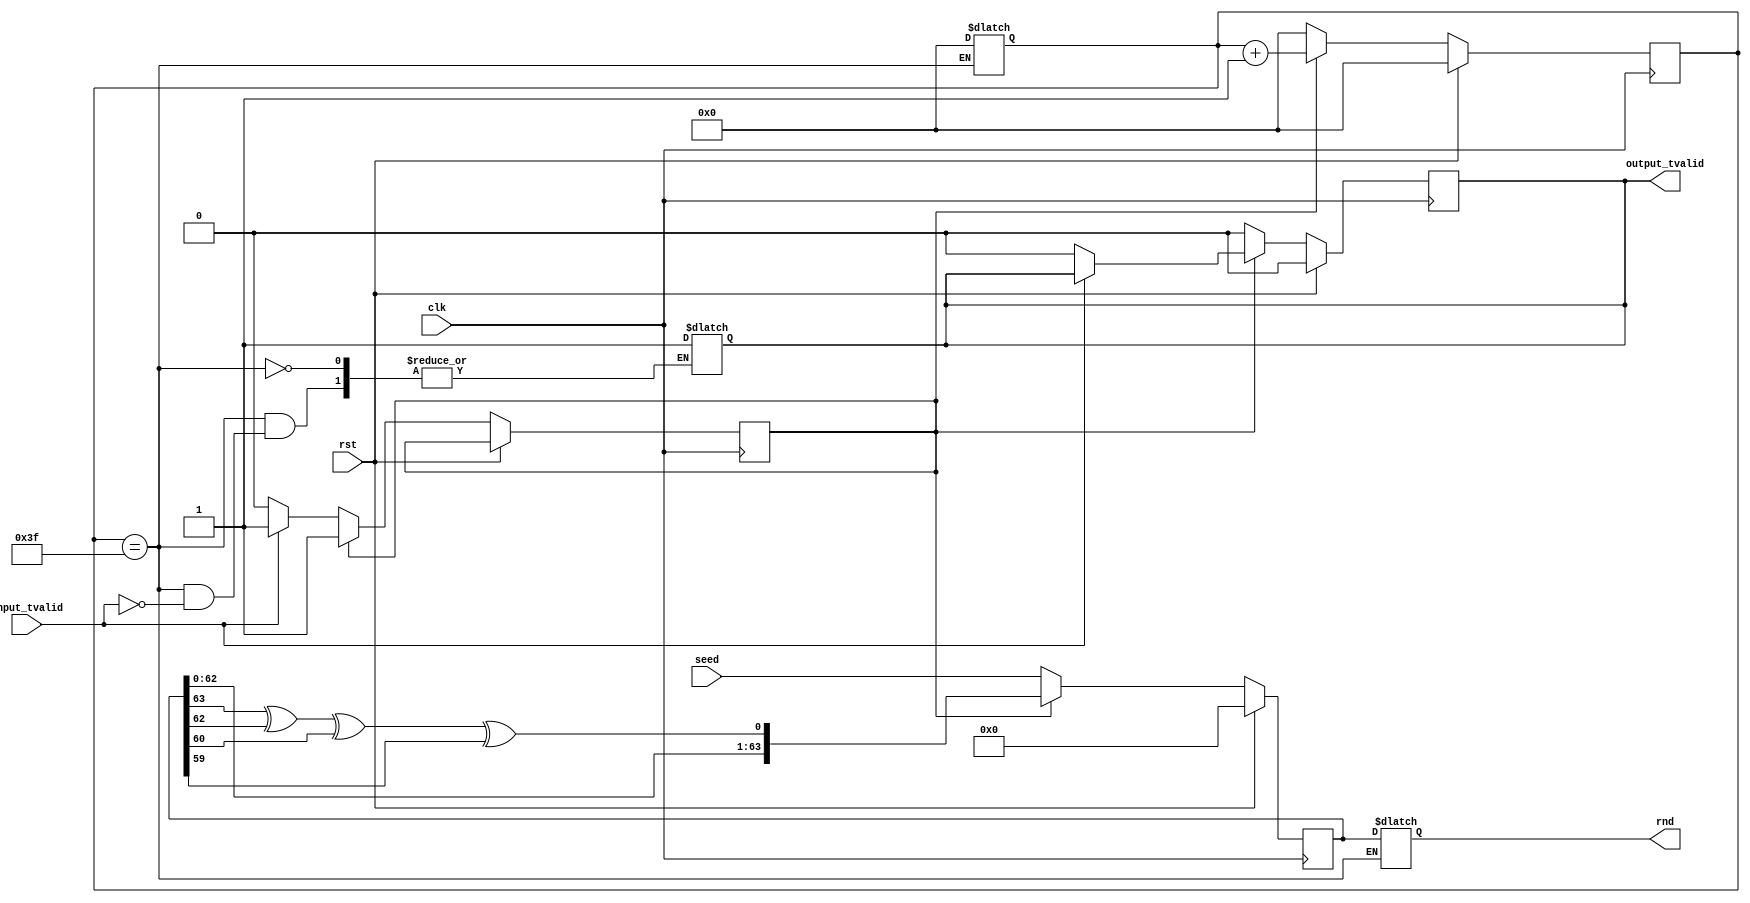
module LFSR (
	     input 	   clk,
	     input 	   rst,
	     input 	   input_tvalid,
	     input [63:0]  seed,
	     output 	   output_tvalid,
	     output [63:0] rnd 
	     );
   wire 		   feedback = random[63] ^ random[62] ^ random[60] ^ random[59]; 

   reg [63 : 0] 	   random, random_next, random_done;
   reg [5 : 0] 		   count, count_next; //to keep track of the shifts

   reg 			   data_read = 0;
   reg 			   out_valid;
      
   assign rnd = random_done;
   assign output_tvalid = out_valid;
   
   always @ (posedge clk)
     begin
	if (rst)
	  begin
	     //	     random <= 64'hFFFFFFFFFFFFFFFF;
	     random <= 0;
	     count <= 0;
	     out_valid <= 0;
	  end else begin
	     if(data_read == 0) begin
		out_valid <= 0;
		random <= seed;
		count <= 0;
		if(input_tvalid) data_read <= 1;
	     end else begin
		if(!input_tvalid) out_valid <= 0;
		random <= random_next;
		count <= count_next;
	     end
	  end
     end

   always @ (*)
     begin
	random_next = random;
	count_next = count;
	
	random_next = {random[62 : 0], feedback};
	count_next = count + 1;

	if (count == 63)
	  begin
	     count = 0;
	     random_done = random;
	     if(input_tvalid) out_valid = 1;
	  end
     end
endmodule